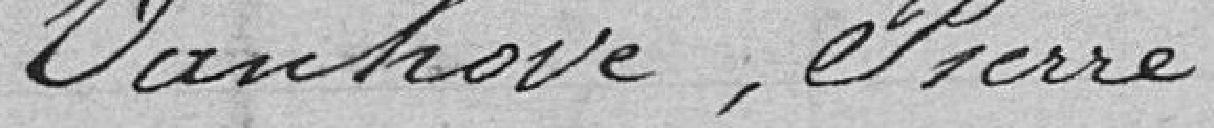
Vanhove, Pierre